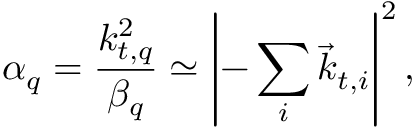
\alpha _ { q } = \frac { k _ { t , q } ^ { 2 } } { \beta _ { q } } \simeq \left| - \sum _ { i } { \vec { k } } _ { t , i } \right| ^ { 2 } ,